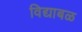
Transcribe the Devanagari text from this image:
विद्याबळ